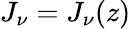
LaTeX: J_{\nu}=J_{\nu}(z)